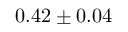
0 . 4 2 \pm 0 . 0 4